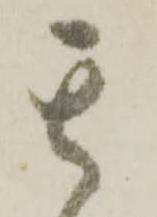
其